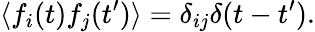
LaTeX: \langle f_{i}(t)f_{j}(t^{\prime})\rangle=\delta_{ij}\delta(t-t^{\prime}).